King Institute of Preventive Medicine Micro-Biological Section reports 1909-11
Year: 1909
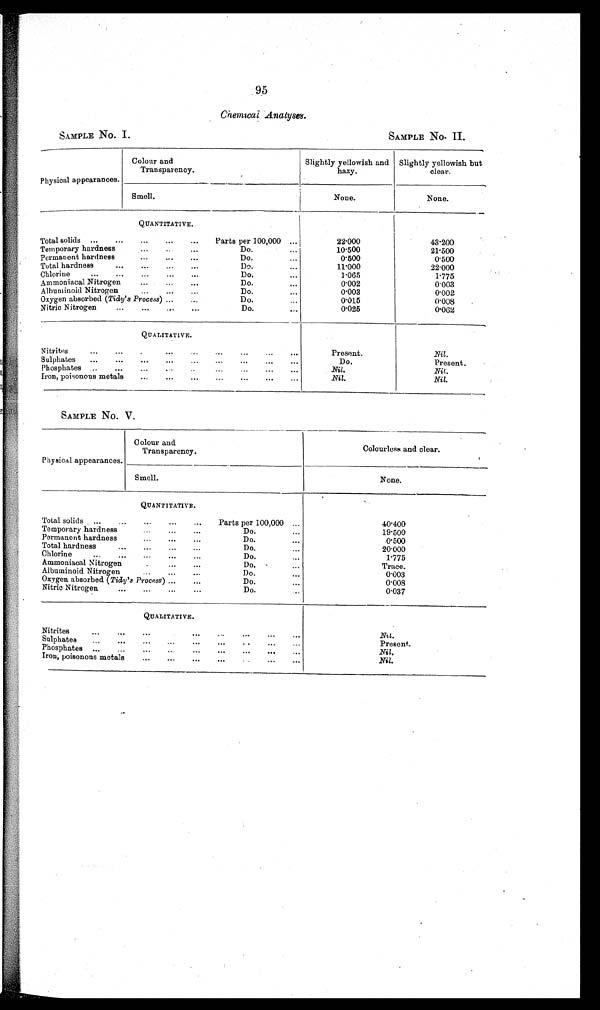
95
Chemical Analyses.
SAMPLE No. I.
SAMPLE NO. II.
Physical appearances.
Colour and
Transparency.
Slightly yellowish and
hazy.
Slightly yellowish but
clear.
Smell.
None.
None.
Q U A N T A T I V E .
Total solids ...
...
...
...
...
Parts per 100,000 ...
22.000
43.00
Do....
10.500
21.500
Temporary hardness
...
...
Do.
0.500
0.500
Permanent hardness
...
...
D o ....
11.000
22.000
Total hardness
...
...
...
...
Do....
1 . 0 6 5
Chlorine
...
...
...
...
...
1.775
Do...,
0.002
0.003
Ammoniacal Nitrogen
...
...
...
0.003
0.002
Albuminoid Nitrogen
...
...
...
Do.....
Oxygen absorbed (Tidy's Process) ...
...
Do.... ...
0 015
0.008
Do.
. . .
0.025
0.062
Nitric Nitrogen
...
...
...
...
QUALITATIVE.
Nitrites
...
...
...
...
. . ,
. . .
Present.
Nil.
Sulphates
...
...
...
...
...
...
...
...
Do.
Present.
P h o s p h a t e s . .
Phosphates ..
...
.„
. . . .
. . .
. . .
. . .
Nil.
Nit.
Iron, poisonous metals
...
...
...
...
...
...
...
Nil.
Nil.
SAMPLE NO. V.
Physical appearances.
Colour and
Transparency.
Colourless and clear.
Smell.
None.
QUANTITATIVE.
Total solids ...
...
...
...
...
Parts per 100,000 ...
40.400
Temporary hardness
...
...
...
19.500
Do.
...
Permanent hardness
...
...
...
Do.
..,
0.500
Total hardness
. . . . . . . . . .
Do.
...
2 0 . 0 0 0
Chlorine
...
...
...
...
...
Do.
..,
1.775
Ammoniacal Nitrogen.
..
Do.
...
Trace.
Albuminoid Nitrogen
.....
. . .
Do.
. . .
0 . 0 0 3
Oxygen absorbed ( Tidy's Process) ...
Do.
...
0.008
Nitric Nitrogen
...
...
...
...
Do.
0.037
QUALITATIVE.
Nitrates ... ...
...
... . . .
. . .
Nil.
Present.
Ph
Sulphates
...
...
...
.,,
...
...
..
. . .
...
. . .
Nil.
Iron, poisonous metals
...
....
.. . . .
. . .
. . .
Nil..